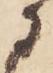
に